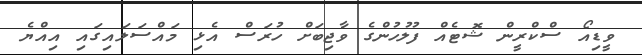
ވީޑިއޯ ސްކްރީން ޝޮޓެއް ފުލުހުންގެ ވާޖިބަށް ހުރަސް އެޅި މައްސަލައިގައި އިއްޔެ